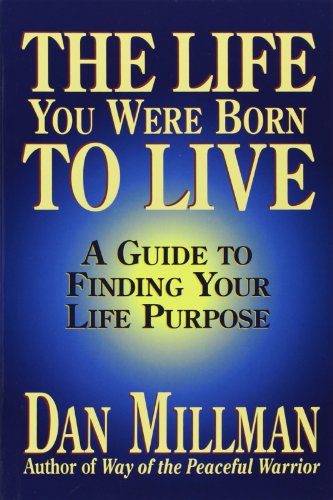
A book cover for The Life You Were Born to Live: A Guide to Finding Your Life Purpose; Dan Millman; Health, Fitness & Dieting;